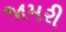
જામરી